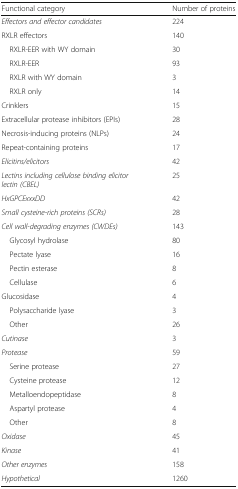
<table><thead><tr><td><b>Functional category</b></td><td><b>Number of proteins</b></td></tr></thead><tbody><tr><td><i>Effectors and effector candidates</i></td><td>224</td></tr><tr><td>RXLR effectors</td><td>140</td></tr><tr><td> RXLR-EER with WY domain</td><td>30</td></tr><tr><td> RXLR-EER</td><td>93</td></tr><tr><td> RXLR with WY domain</td><td>3</td></tr><tr><td> RXLR only</td><td>14</td></tr><tr><td>Crinklers</td><td>15</td></tr><tr><td>Extracellular protease inhibitors (EPIs)</td><td>28</td></tr><tr><td>Necrosis-inducing proteins (NLPs)</td><td>24</td></tr><tr><td>Repeat-containing proteins</td><td>17</td></tr><tr><td><i>Elicitins/elicitors</i></td><td>42</td></tr><tr><td><i>Lectins including cellulose binding elicitor lectin (CBEL)</i></td><td>25</td></tr><tr><td><i>HxGPCExxxDD</i></td><td>42</td></tr><tr><td><i>Small cysteine-rich proteins (SCRs)</i></td><td>28</td></tr><tr><td><i>Cell wall-degrading enzymes (CWDEs)</i></td><td>143</td></tr><tr><td> Glycosyl hydrolase</td><td>80</td></tr><tr><td> Pectate lyase</td><td>16</td></tr><tr><td> Pectin esterase</td><td>8</td></tr><tr><td> Cellulase</td><td>6</td></tr><tr><td>Glucosidase</td><td>4</td></tr><tr><td> Polysaccharide lyase</td><td>3</td></tr><tr><td> Other</td><td>26</td></tr><tr><td><i>Cutinase</i></td><td>3</td></tr><tr><td><i>Protease</i></td><td>59</td></tr><tr><td> Serine protease</td><td>27</td></tr><tr><td> Cysteine protease</td><td>12</td></tr><tr><td> Metalloendopeptidase</td><td>8</td></tr><tr><td> Aspartyl protease</td><td>4</td></tr><tr><td> Other</td><td>8</td></tr><tr><td><i>Oxidase</i></td><td>45</td></tr><tr><td><i>Kinase</i></td><td>41</td></tr><tr><td><i>Other enzymes</i></td><td>158</td></tr><tr><td><i>Hypothetical</i></td><td>1260</td></tr></tbody></table>